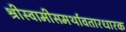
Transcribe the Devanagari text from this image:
श्रीस्वामीसमर्थावतारधारक